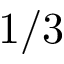
1 / 3